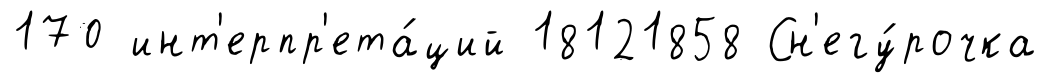
170 инт'ерпр'ета́ций 18121858 Сн'егу́рочка